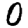
Digit: 0